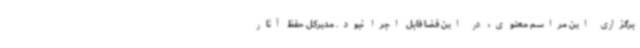
برگزاری این مراسم معنوی، در این فضا قابل اجرا نبود. مدیرکل حفظ آثار